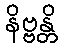
နိဗ္ဗန္တိ